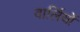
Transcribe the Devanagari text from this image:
वार्लियों